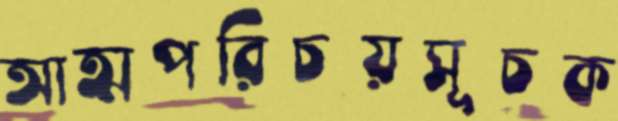
আত্মপরিচয়সূচক